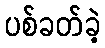
ပစ်ခတ်ခဲ့